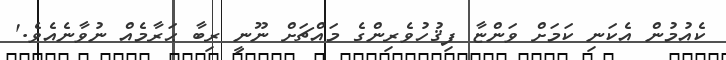
ކެއުމުން އެކަނި ކަމަށް ވަންޏާ ފިޤުހުވެރިންގެ މައްޗަށް ނޫނީ ރިބާ ޙަރާމެއް ނުވާނެއެވެ.'